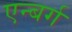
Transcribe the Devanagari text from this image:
एन्बर्ग